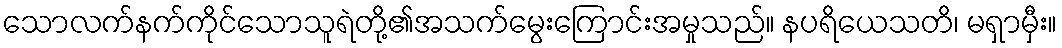
သောလက်နက်ကိုင်သောသူရဲတို့၏အသက်မွေးကြောင်းအမှုသည်။ နပရိယေသတိ၊ မရှာမှီး။